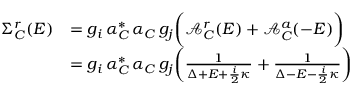
\begin{array} { r l } { \Sigma _ { C } ^ { r } ( E ) } & { = g _ { i } \, \alpha _ { C } ^ { * } \, \alpha _ { C } \, g _ { j } \bigg ( \mathcal { A } _ { C } ^ { r } ( E ) + \mathcal { A } _ { C } ^ { a } ( - E ) \bigg ) } \\ & { = g _ { i } \, \alpha _ { C } ^ { * } \, \alpha _ { C } \, g _ { j } \bigg ( \frac { 1 } { \Delta + E + \frac { i } { 2 } \kappa } + \frac { 1 } { \Delta - E - \frac { i } { 2 } \kappa } \bigg ) } \end{array}